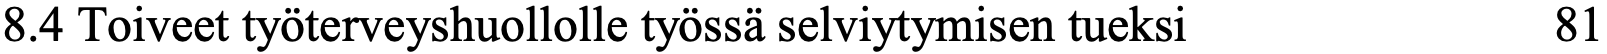
8.4 Toiveet työterveyshuollolle työssä selviytymisen tueksi 81